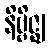
နိဗ္ဗိဇ္ဈ